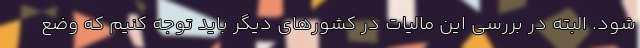
شود. البته در بررسی این مالیات در کشورهای دیگر باید توجه کنیم که وضع